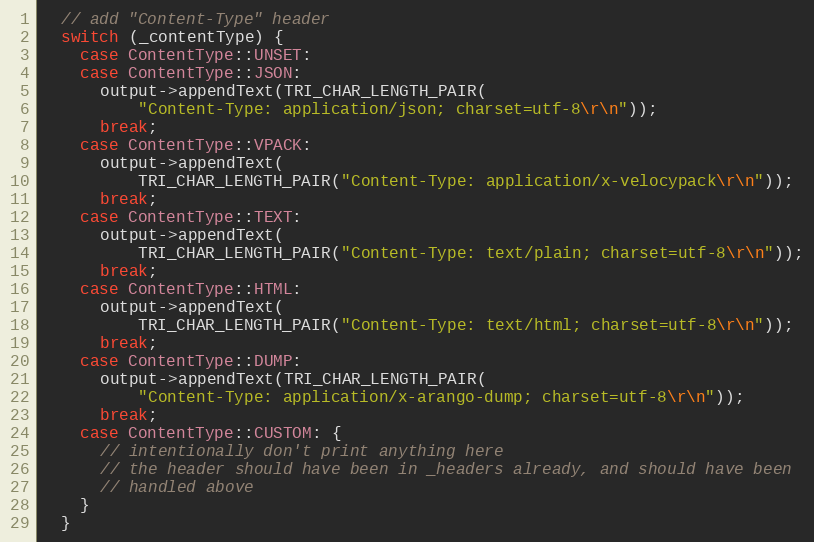
Language: C++
  // add "Content-Type" header
  switch (_contentType) {
    case ContentType::UNSET:
    case ContentType::JSON:
      output->appendText(TRI_CHAR_LENGTH_PAIR(
          "Content-Type: application/json; charset=utf-8\r\n"));
      break;
    case ContentType::VPACK:
      output->appendText(
          TRI_CHAR_LENGTH_PAIR("Content-Type: application/x-velocypack\r\n"));
      break;
    case ContentType::TEXT:
      output->appendText(
          TRI_CHAR_LENGTH_PAIR("Content-Type: text/plain; charset=utf-8\r\n"));
      break;
    case ContentType::HTML:
      output->appendText(
          TRI_CHAR_LENGTH_PAIR("Content-Type: text/html; charset=utf-8\r\n"));
      break;
    case ContentType::DUMP:
      output->appendText(TRI_CHAR_LENGTH_PAIR(
          "Content-Type: application/x-arango-dump; charset=utf-8\r\n"));
      break;
    case ContentType::CUSTOM: {
      // intentionally don't print anything here
      // the header should have been in _headers already, and should have been
      // handled above
    }
  }